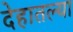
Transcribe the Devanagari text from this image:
देहातल्या